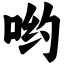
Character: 哟